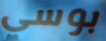
بوسي